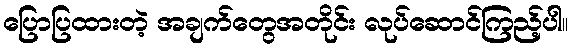
ပြောပြထားတဲ့ အချက်တွေအတိုင်း လုပ်ဆောင်ကြည့်ပါ။